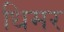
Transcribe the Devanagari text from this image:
धिमर